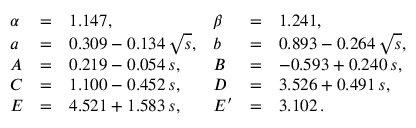
\begin{array} { l c l l c l } { { \alpha } } & { { = } } & { { 1 . 1 4 7 , } } & { { \beta } } & { { = } } & { { 1 . 2 4 1 , } } \\ { { a } } & { { = } } & { { 0 . 3 0 9 - 0 . 1 3 4 \, \sqrt { s } , } } & { { b } } & { { = } } & { { 0 . 8 9 3 - 0 . 2 6 4 \, \sqrt { s } , } } \\ { { A } } & { { = } } & { { 0 . 2 1 9 - 0 . 0 5 4 \, s , } } & { { B } } & { { = } } & { { - 0 . 5 9 3 + 0 . 2 4 0 \, s , } } \\ { { C } } & { { = } } & { { 1 . 1 0 0 - 0 . 4 5 2 \, s , } } & { { D } } & { { = } } & { { 3 . 5 2 6 + 0 . 4 9 1 \, s , } } \\ { { E } } & { { = } } & { { 4 . 5 2 1 + 1 . 5 8 3 \, s , } } & { { E ^ { \prime } } } & { { = } } & { { 3 . 1 0 2 \, . } } \end{array}